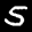
Label: 5